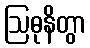
ဩဓုနိတွာ